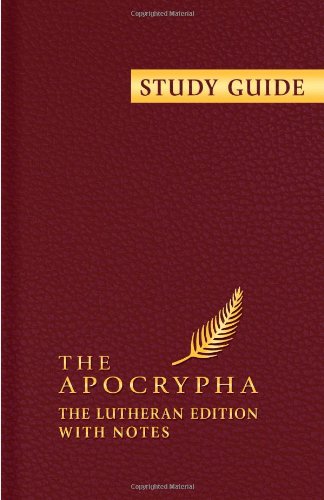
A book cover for Study Guide to the Apocrypha; Lane Burgland; Christian Books & Bibles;